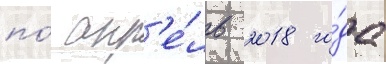
по́ апр'е́ль 2018 го́да